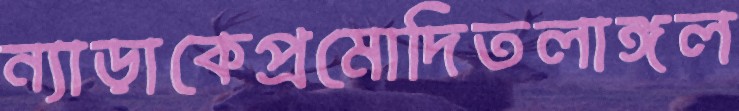
ন্যাড়াকেপ্রমোদিতলাঙ্গল